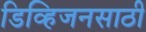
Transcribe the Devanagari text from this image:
डिव्हिजनसाठी